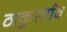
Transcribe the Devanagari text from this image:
ठाकुरगाँव